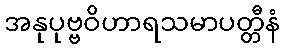
အနုပုဗ္ဗဝိဟာရသမာပတ္တီနံ